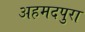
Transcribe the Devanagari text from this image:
अहमदपुरा